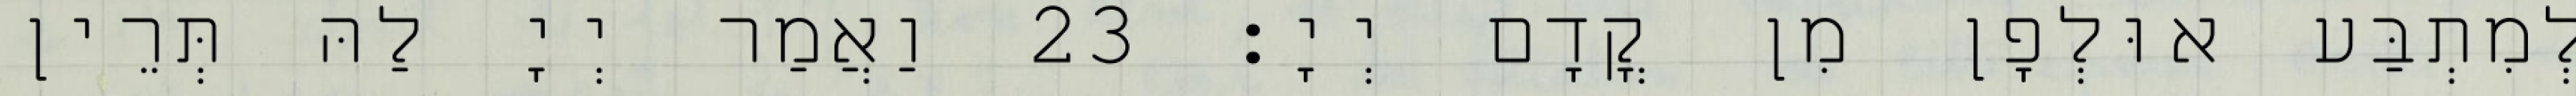
לְמִתְבַּע אוּלְפָן מִן קֳדָם יְיָ׃ 23 וַאֲמַר יְיָ לַהּ תְּרֵין